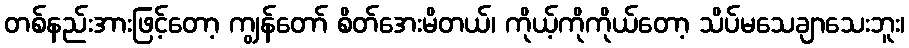
တစ်နည်းအားဖြင့်တော့ ကျွန်တော် စိတ်အေးမိတယ်၊ ကိုယ့်ကိုကိုယ်တော့ သိပ်မသေချာသေးဘူး၊